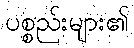
ပစ္စည်းများ၏